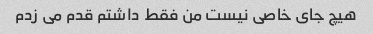
هیچ جای خاصی نیست من فقط داشتم قدم می زدم